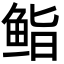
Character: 𮬜